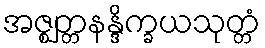
အဇ္ဈတ္တနန္ဒိက္ခယသုတ္တံ